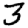
Digit: 3